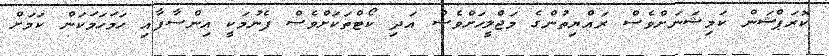
ކޮރަޕްޝަން ކަމިޝަނަށްވެސް ރައްޔިތުންގެ މަޖްލީހަށްވެސް އަދި ކޯޓްތަކަށްވެސް ފެނުމަކީ އިންސާފާއި ހަމަހަމަކަން ކަމަށް